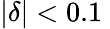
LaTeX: |\delta|<0.1\